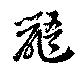
鼯